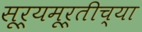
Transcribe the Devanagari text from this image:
सूर्यमूर्तीच्या